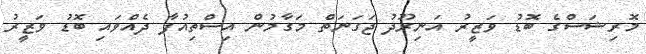
މޮރިޝަސްގެ ބޮޑު ވަޒީރު އަނިރޫދު ޖަގަނަތް މަގާމުން އިސްތިއުފާ ދެއްވައި ބޮޑު ވަޒީރު